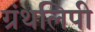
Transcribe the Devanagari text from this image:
ग्रंथलिपी